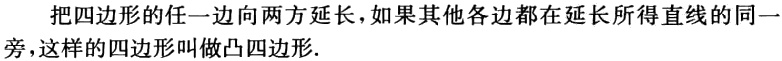
把四边形的任一边向两方延长，如果其他各边都在延长所得直线的同一旁，这样的四边形叫做凸四边形.